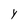
Character: Y